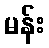
မန်း